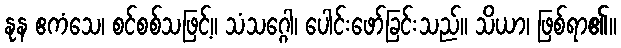
နုန ဧကံသေ၊ စင်စစ်သဖြင့်။ သံသဂ္ဂေါ၊ ပေါင်းဖော်ခြင်းသည်။ သိယာ၊ ဖြစ်ရာ၏။